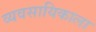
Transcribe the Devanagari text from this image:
व्यवसायिकाला